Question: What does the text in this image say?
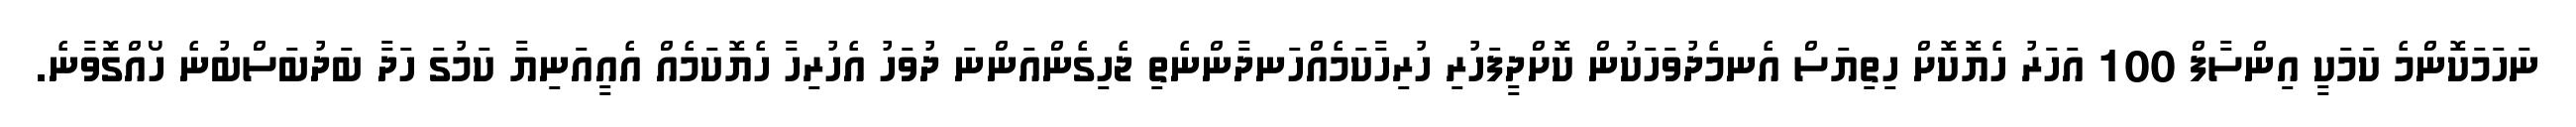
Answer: ނަހަމަކޮންމެ ކަމަކީ އިންސާފް 100 އަހަރު ހެޔޮކޮށް ހިތިޔަސް އެނމެދުވަހަކުން ކޮށްދީފަހުރި ހުރިހާކަމެއްހަނދާންނެތި ޖެހިގެންއަންނަ ދުވަހު އެހުރިހާ ހެޔޮކަމެއް އެއީއަނިޔާ ކަމުގަ ހަދާ ބަދުބަސްބުނެ ހޯއްގޮވާނެ.